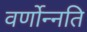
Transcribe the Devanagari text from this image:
वर्णोन्नति